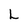
Character: L